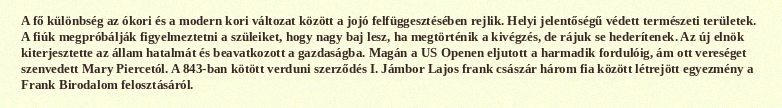
A fő különbség az ókori és a modern kori változat között a jojó felfüggesztésében rejlik. Helyi jelentőségű védett természeti területek. A fiúk megpróbálják figyelmeztetni a szüleiket, hogy nagy baj lesz, ha megtörténik a kivégzés, de rájuk se hederítenek. Az új elnök kiterjesztette az állam hatalmát és beavatkozott a gazdaságba. Magán a US Openen eljutott a harmadik fordulóig, ám ott vereséget szenvedett Mary Piercetól. A 843-ban kötött verduni szerződés I. Jámbor Lajos frank császár három fia között létrejött egyezmény a Frank Birodalom felosztásáról.